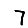
Digit: 7